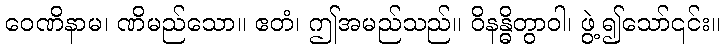
ဝေဏိနာမ၊ ဏိမည်သော။ ဧတံ၊ ဤအမည်သည်။ ဝိနန္ဓိတွာဝါ၊ ဖွဲ့၍သော်၎င်း။